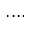
. . . .